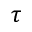
\tau